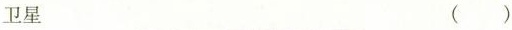
卫星 ( )